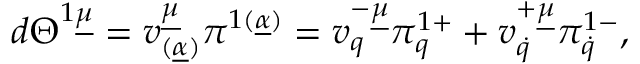
d \Theta ^ { 1 \underline { { \mu } } } = v _ { ( \underline { { \alpha } } ) } ^ { \underline { { \mu } } } \pi ^ { 1 ( \underline { { \alpha } } ) } = v _ { q } ^ { - \underline { { \mu } } } \pi _ { q } ^ { 1 + } + v _ { \dot { q } } ^ { + \underline { { \mu } } } \pi _ { \dot { q } } ^ { 1 - } ,